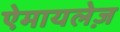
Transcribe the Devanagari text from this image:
ऐमायलेज़